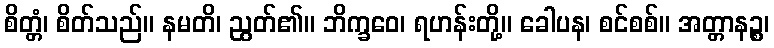
စိတ္တံ၊ စိတ်သည်။ နမတိ၊ ညွတ်၏။ ဘိက္ခဝေ၊ ရဟန်းတို့။ ခေါပန၊ စင်စစ်။ အတ္တာနဉ္စ၊